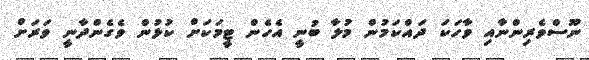
ނޫސްވެރިންނާއި ވާހަކަ ދައްކަމުން މުލާ ބުނީ އެހެން ޓީމަކަށް ކުޅުން ވެގެންދާނީ ވަރަށް